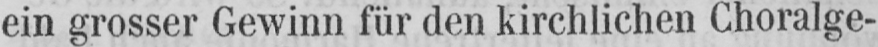
ein grosser Gewinn für den kirchlichen Choralge-